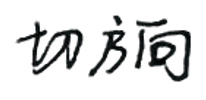
切方向